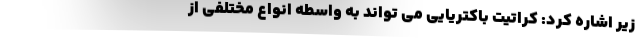
زیر اشاره کرد: کراتیت باکتریایی می تواند به واسطه انواع مختلفی از